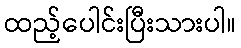
ထည့်ပေါင်းပြီးသားပါ။